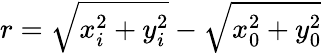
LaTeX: r=\sqrt{x_{i}^{2}+y_{i}^{2}}-\sqrt{x_{0}^{2}+y_{0}^{2}}